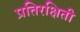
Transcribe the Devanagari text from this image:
प्रतिरक्षिती